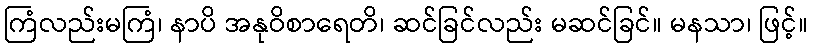
ကြံလည်းမကြံ၊ နာပိ အနုဝိစာရေတိ၊ ဆင်ခြင်လည်း မဆင်ခြင်။ မနသာ၊ ဖြင့်။